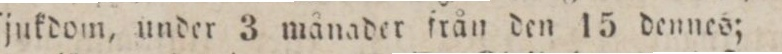
ſjukdom, under 3 månader från den 15 dennes;